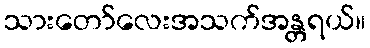
သားတော်လေးအသက်အန္တရယ်။